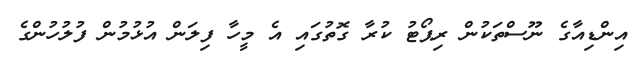
އިންޑިއާގެ ނޫސްތަކުން ރިޕޯޓު ކުރާ ގޮތުގައި އެ މީހާ ފިލަން އުޅުމުން ފުލުހުންގެ